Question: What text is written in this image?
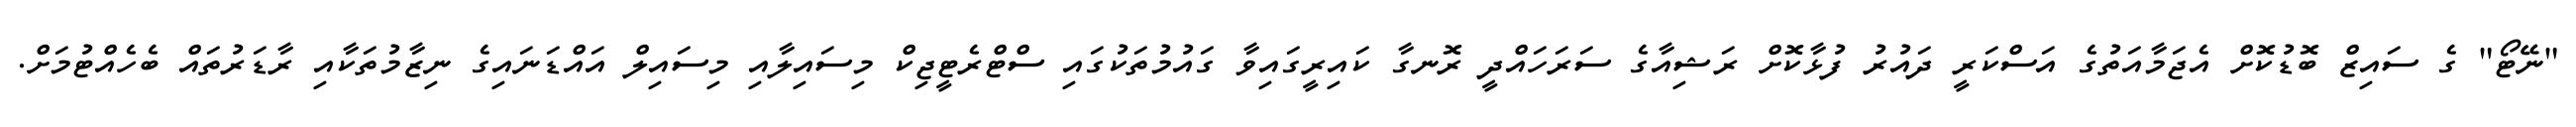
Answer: "ނޭޓޯ" ގެ ސައިޒް ބޮޑުކޮށް އެޖަމާއަތުގެ އަސްކަރީ ދައުރު ފުޅާކޮށް ރަޝިއާގެ ސަރަހައްދީ ރޮނގާ ކައިރީގައިވާ ގައުމުތަކުގައި ސްޓްރެޓީޖިކް މިސައިލާއި މިސައިލް އައްޑަނައިގެ ނިޒާމުތަކާއި ރާޑަރުތައް ބެހެއްޓުމަށް.